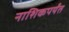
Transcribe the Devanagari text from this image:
नाशिकपर्यंत